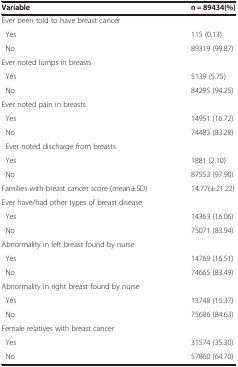
<table><thead><tr><td><b>Variable</b></td><td><b>n = 89434(%)</b></td></tr></thead><tbody><tr><td>Ever been told to have breast cancer</td><td> </td></tr><tr><td> Yes</td><td>115 (0.13)</td></tr><tr><td> No</td><td>89319 (99.87)</td></tr><tr><td>Ever noted lumps in breasts</td><td> </td></tr><tr><td> Yes</td><td>5139 (5.75)</td></tr><tr><td> No</td><td>84295 (94.25)</td></tr><tr><td>Ever noted pain in breasts</td><td> </td></tr><tr><td> Yes</td><td>14951 (16.72)</td></tr><tr><td> No</td><td>74483 (83.28)</td></tr><tr><td> Ever noted discharge from breasts</td><td> </td></tr><tr><td> Yes</td><td>1881 (2.10)</td></tr><tr><td> No</td><td>87553 (97.90)</td></tr><tr><td>Families with breast cancer score (mean±SD)</td><td>14.77(±21.22)</td></tr><tr><td>Ever have/had other types of breast disease</td><td> </td></tr><tr><td> Yes</td><td>14363 (16.06)</td></tr><tr><td> No</td><td>75071 (83.94)</td></tr><tr><td>Abnormality in left breast found by nurse</td><td> </td></tr><tr><td> Yes</td><td>14769 (16.51)</td></tr><tr><td> No</td><td>74665 (83.49)</td></tr><tr><td>Abnormality in right breast found by nurse</td><td> </td></tr><tr><td> Yes</td><td>13748 (15.37)</td></tr><tr><td> No</td><td>75686 (84.63)</td></tr><tr><td>Female relatives with breast cancer</td><td> </td></tr><tr><td> Yes</td><td>31574 (35.30)</td></tr><tr><td> No</td><td>57860 (64.70)</td></tr></tbody></table>